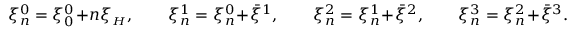
\begin{array} { r } { \xi _ { n } ^ { 0 } = \xi _ { 0 } ^ { 0 } \! + \! n \xi _ { { \scriptscriptstyle H } } , \qquad \xi _ { n } ^ { 1 } = \xi _ { n } ^ { 0 } \! + \! \bar { \xi } ^ { 1 } , \qquad \xi _ { n } ^ { 2 } = \xi _ { n } ^ { 1 } \! + \! \bar { \xi } ^ { 2 } , \qquad \xi _ { n } ^ { 3 } = \xi _ { n } ^ { 2 } \! + \! \bar { \xi } ^ { 3 } . } \end{array}